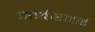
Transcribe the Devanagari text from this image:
साबीरभाई